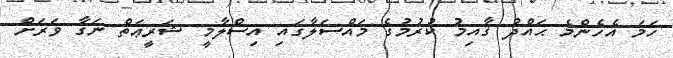
ހަމަ އެހެންމެ ޙައްދު ޤާއިމު ކުރުމުގެ މައްސަލާގައި އިސްލާމީ ޝަރީޢަތް ނަގާ ވަރަށް